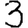
Digit: 3